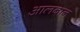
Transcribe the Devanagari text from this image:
आलबान